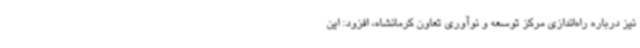
نیز درباره راه‌اندازی مرکز توسعه و نوآوری تعاون کرمانشاه، افزود: این